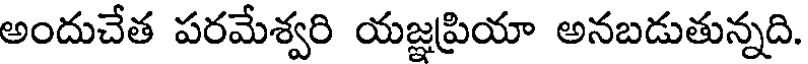
అందుచేత పరమేశ్వరి యజ్ఞప్రియా అనబడుతున్నది.